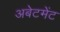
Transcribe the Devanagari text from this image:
अबेटमेंट